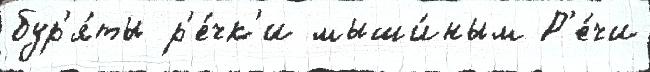
бур'я́ты р'е́чк'и мыши́ным Р'е́чи